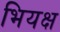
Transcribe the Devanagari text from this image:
भियक्ष